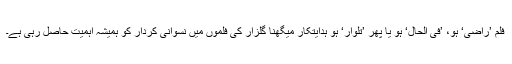
فلم ’راضی‘ ہو، ’فی الحال‘ ہو یا پھر ’تلوار‘ ہو ہدایتکار میگھنا گلزار کی فلموں میں نسوانی کردار کو ہمیشہ اہمیت حاصل رہی ہے۔